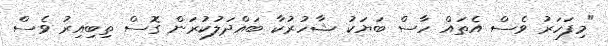
"މިފަހަރު ވެސް އެތައް ހާސް ބަޔަކު ޝާހުރުކާ ބައްދަލުކުރަން ގޮސް ތިބިއިރު ވެސް